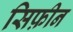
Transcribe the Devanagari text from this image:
सिफ़ीन